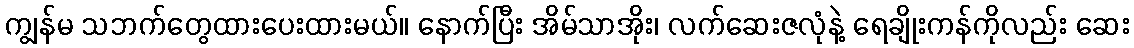
ကျွန်မ သဘက်တွေထားပေးထားမယ်။ နောက်ပြီး အိမ်သာအိုး၊ လက်ဆေးဇလုံနဲ့ ရေချိုးကန်ကိုလည်း ဆေး